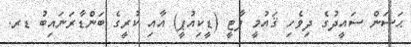
ޙަސަން ސައީދުގެ ދިވެހި ޤައުމީ ޕާޓީ (ޑީކިއުޕީ) އާއި ކުރީގެ ބަންޑާރަނައިބު ޑރ.